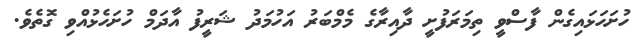
ހުށަހަޅައިގެން ފާސްވީ ތިމަރަފުށީ ދާއިރާގެ މެމްބަރު އަހުމަދު ޝަރީފު އާދަމް ހުށަހެޅުއްވި ގޮތެވެ.